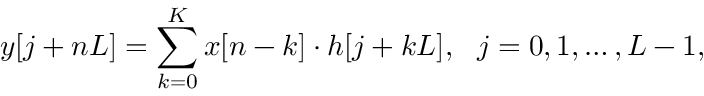
y [ j + n L ] = \sum _ { k = 0 } ^ { K } x [ n - k ] \cdot h [ j + k L ] , \ \ j = 0 , 1 , \ldots , L - 1 ,